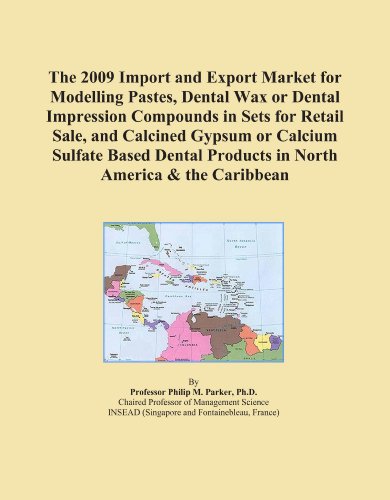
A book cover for The 2009 Import and Export Market for Modelling Pastes, Dental Wax or Dental Impression Compounds in Sets for Retail Sale, and Calcined Gypsum or ... Products in North America & the Caribbean; Icon Group International; Medical Books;